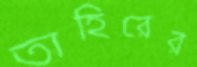
তাহিরের